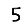
Digit: 5